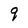
Character: q